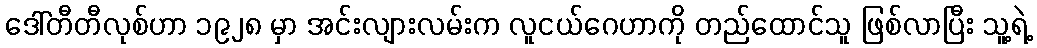
ဒေါ်တီတီလုစ်ဟာ ၁၉၂၈ မှာ အင်းလျားလမ်းက လူငယ်ဂေဟာကို တည်ထောင်သူ ဖြစ်လာပြီး သူ့ရဲ့